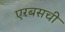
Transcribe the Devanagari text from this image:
एरबसची